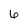
Character: 6